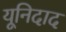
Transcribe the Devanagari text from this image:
यूनिदाद